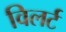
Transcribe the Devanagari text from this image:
विलर्ट